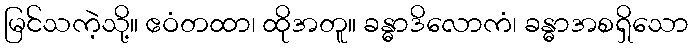
မြင်သကဲ့သို့။ ဧဝံတထာ၊ ထိုအတူ။ ခန္ဓာဒိလောကံ၊ ခန္ဓာအစရှိသော